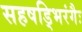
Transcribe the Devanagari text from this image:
सहषड्भिरंगैः